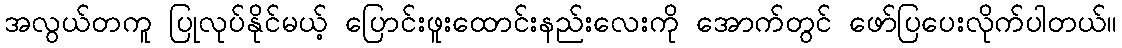
အလွယ်တကူ ပြုလုပ်နိုင်မယ့် ပြောင်းဖူးထောင်းနည်းလေးကို အောက်တွင် ဖော်ပြပေးလိုက်ပါတယ်။